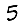
Digit: 5